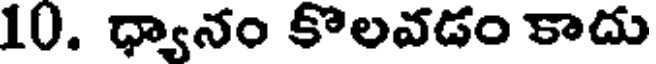
10. ధ్యానం కొలవడం కాదు